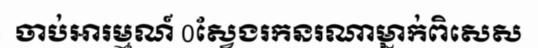
ចាប់អារម្មណ៍ 0ស្វែងរកនរណាម្នាក់ពិសេស